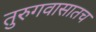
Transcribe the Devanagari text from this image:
तुरुगवासातच